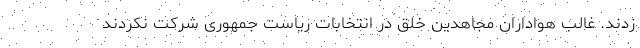
زدند. غالب هواداران مجاهدین خلق در انتخابات ریاست جمهوری شرکت نکردند